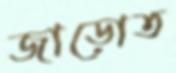
জাড়োত